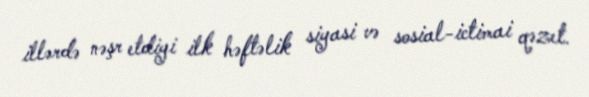
illərdə nəşr etdiyi ilk həftəlik siyasi və sosial-ictimai qəzet.